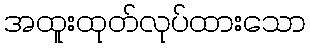
အထူးထုတ်လုပ်ထားသော